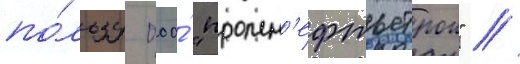
по́льзу ооо́ "промн'ефтьстрои" //